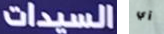
السيدات أي